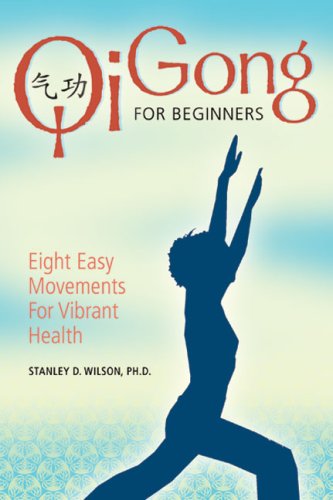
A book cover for Qi Gong for Beginners: Eight Easy Movements for Vibrant Health; Stanley D Wilson Ph.D.; Health, Fitness & Dieting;